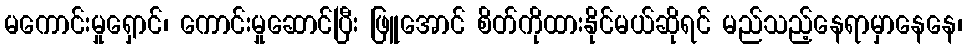
မကောင်းမှုရှောင်၊ ကောင်းမှုဆောင်ပြီး ဖြူအောင် စိတ်ကိုထားနိုင်မယ်ဆိုရင် မည်သည့်နေရာမှာနေနေ၊